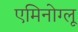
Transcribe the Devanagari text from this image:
एमिनोग्लू